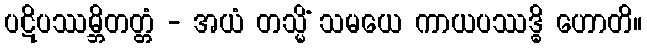
ပဋိပဿမ္ဘိတတ္တံ - အယံ တသ္မိံ သမယေ ကာယပဿဒ္ဓိ ဟောတိ။